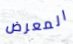
المعرض